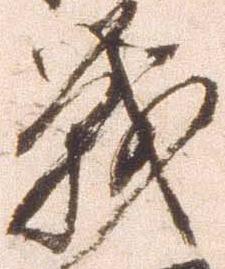
戦